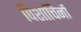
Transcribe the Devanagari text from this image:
पिशाचिनों